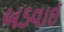
બડવાઈ